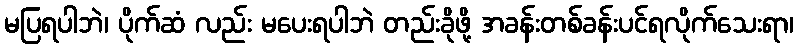
မပြရပါဘဲ၊ ပိုက်ဆံ လည်း မပေးရပါဘဲ တည်းခိုဖို့ အခန်းတစ်ခန်းပင်ရလိုက်သေးရာ၊